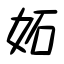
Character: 妬